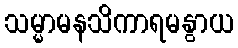
သမ္မာမနသိကာရမနွာယ